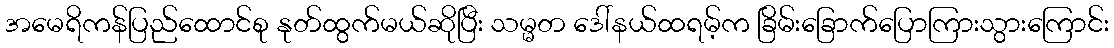
အမေရိကန်ပြည်ထောင်စု နုတ်ထွက်မယ်ဆိုပြီး သမ္မတ ဒေါ်နယ်ထရမ့်က ခြိမ်းခြောက်ပြောကြားသွားကြောင်း